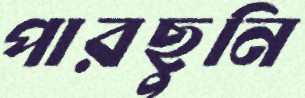
পারছুনি